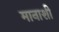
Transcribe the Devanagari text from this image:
मानाशी